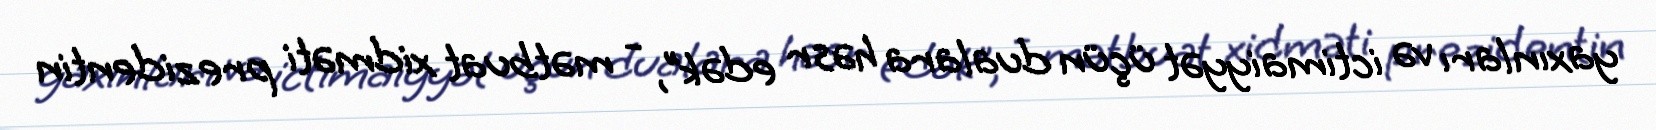
yaxınları və ictimaiyyət üçün dualara həsr edək”, - mətbuat xidməti prezidentin